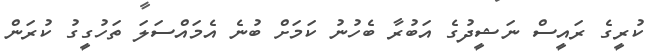
ކުރީގެ ރައީސް ނަޝީދުގެ އަބުރާ ބެހުނު ކަމަށް ބުނެ އެމައްސަލަ ތަހުގީގު ކުރަން